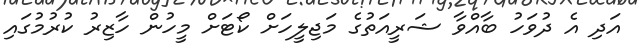
އަދި އެ ދުވަހު ބާއްވާ ޝަރީއަތުގެ މަޖިލީހަށް ކޯޓަށް މީހުން ހާޒިރު ކުރުމުގައި